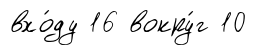
вхо́ду 16 вокру́г 10